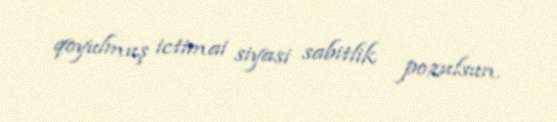
qoyulmuş ictimai siyasi sabitlik pozulsun.